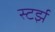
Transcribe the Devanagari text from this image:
स्टर्झ